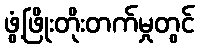
ဖွံ့ဖြိုးတိုးတက်မှုတွင်